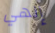
إلهي